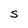
Character: s